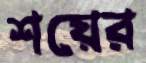
শয়ের